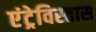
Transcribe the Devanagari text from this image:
एंट्रेविस्तास